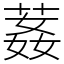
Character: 葌